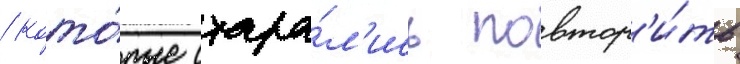
/ кото́рые стара́л'ись повтор'и́ть